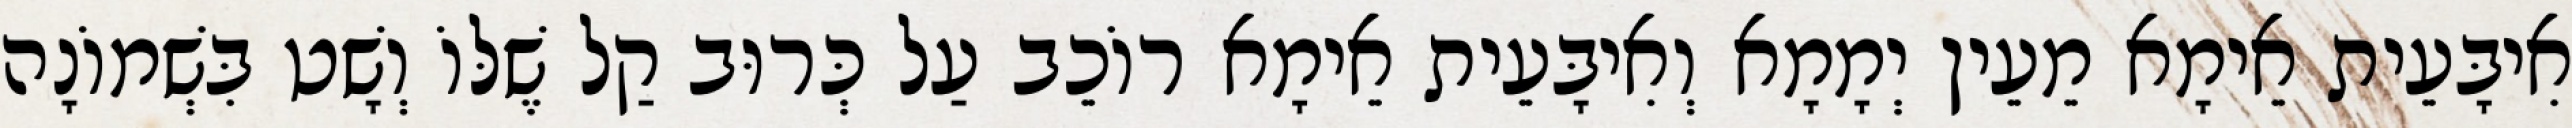
אִיבָּעֵית אֵימָא מֵעֵין יְמָמָא וְאִיבָּעֵית אֵימָא רוֹכֵב עַל כְּרוּב קַל שֶׁלּוֹ וְשָׁט בִּשְׁמוֹנָה